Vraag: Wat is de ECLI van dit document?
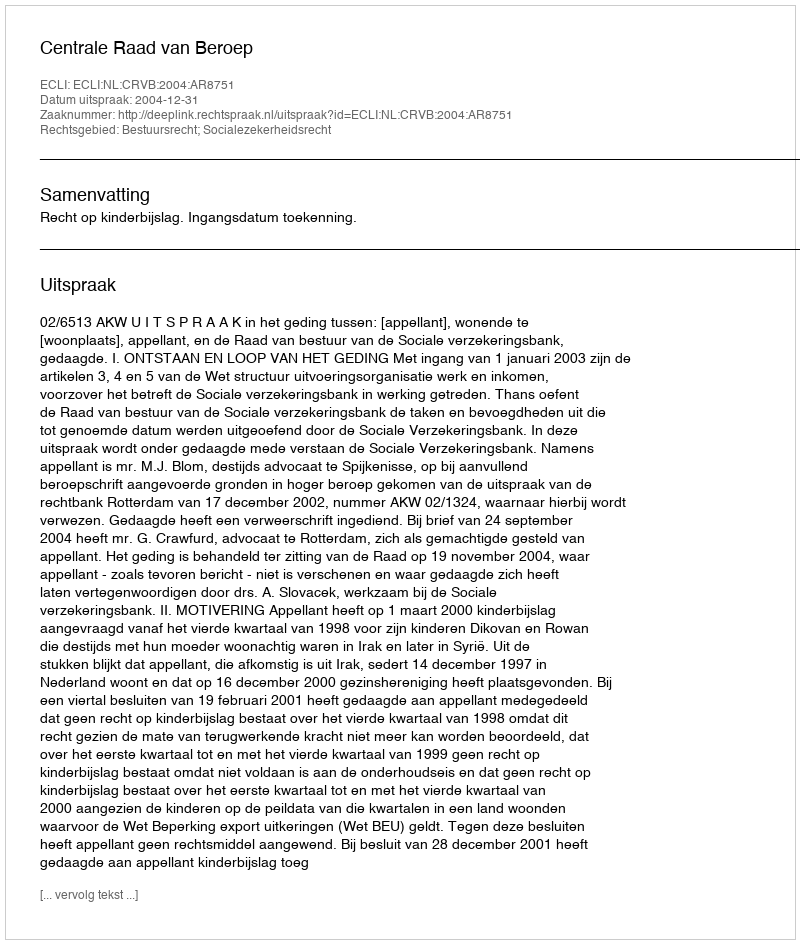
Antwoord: ECLI:NL:CRVB:2004:AR8751